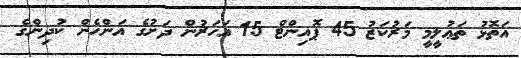
އަތޮޅު ތަޢުލީމީ މަރުކަޒު 45 ޕޮއިންޓް 15 އަހަރުން ދަށުގެ އަންހެން ކުދިންގެ